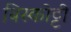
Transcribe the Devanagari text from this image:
बिस्कोट्टी